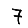
Digit: 7